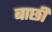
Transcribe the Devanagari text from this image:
बाछी